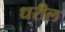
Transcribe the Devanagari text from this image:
धरील